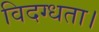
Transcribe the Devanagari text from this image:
विदग्धता।